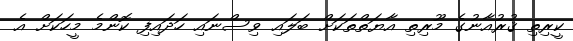
ކީރިތި ޤުރުއާނުގެ މޫރިތި އާޔަތްތަކަށް ބަލައި ވިސްނައި ހަދައިފި ކޮންމެ މީހަކަށް އެ